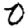
Digit: 0